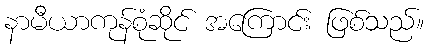
နာမီယာကုန်စုံဆိုင် အကြောင်း ဖြစ်သည်။